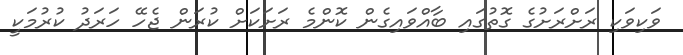
ވަކިވަކި ރަށްރަށުގެ ގޮތުގައި ބާއްވައިގެން ކޮންމެ ރަށަކަށް ކުރަން ޖެހޭ ހަރަދު ކުރުމަކީ